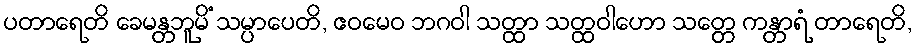
ပတာရေတိ ခေမန္တဘူမိံ သမ္ပာပေတိ, ဧဝမေဝ ဘဂဝါ သတ္ထာ သတ္ထဝါဟော သတ္တေ ကန္တာရံ တာရေတိ,